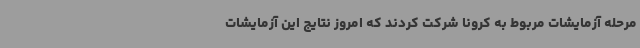
مرحله آزمایشات مربوط به کرونا شرکت کردند که امروز نتایج این آزمایشات